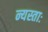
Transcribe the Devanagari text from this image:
न्यस्ताः